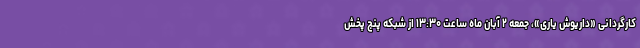
کارگردانی «داریوش یاری»، جمعه ۲ آبان ماه ساعت ۱۳:۳۰ از شبکه پنج پخش